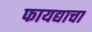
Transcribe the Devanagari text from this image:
फायद्याचा